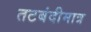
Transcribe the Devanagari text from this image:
तटबंदीमात्र